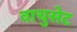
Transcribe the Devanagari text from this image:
वाचुसेट